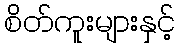
စိတ်ကူးများနှင့်